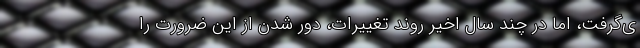
ی‌گرفت، اما در چند سال اخیر روند تغییرات، دور شدن از این ضرورت را